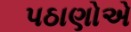
પઠાણોએ